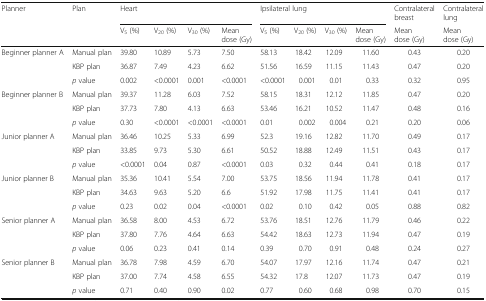
<table><thead><tr><td rowspan="2"><b>Planner</b></td><td rowspan="2"><b>Plan</b></td><td colspan="4"><b>Heart</b></td><td colspan="4"><b>Ipsilateral lung</b></td><td><b>Contralateral breast</b></td><td><b>Contralateral lung</b></td></tr><tr><td><b>V<sub>5</sub> (%)</b></td><td><b>V<sub>20</sub> (%)</b></td><td><b>V<sub>30</sub> (%)</b></td><td><b>Mean dose (Gy)</b></td><td><b>V<sub>5</sub> (%)</b></td><td><b>V<sub>20</sub> (%)</b></td><td><b>V<sub>30</sub> (%)</b></td><td><b>Mean dose (Gy)</b></td><td><b>Mean dose (Gy)</b></td><td><b>Mean dose (Gy)</b></td></tr></thead><tbody><tr><td rowspan="3">Beginner planner A</td><td>Manual plan</td><td>39.80</td><td>10.89</td><td>5.73</td><td>7.50</td><td>58.13</td><td>18.42</td><td>12.09</td><td>11.60</td><td>0.43</td><td>0.20</td></tr><tr><td>KBP plan</td><td>36.87</td><td>7.49</td><td>4.23</td><td>6.62</td><td>51.56</td><td>16.59</td><td>11.15</td><td>11.43</td><td>0.47</td><td>0.20</td></tr><tr><td><i>p</i> value</td><td>0.002</td><td>&lt;0.0001</td><td>0.001</td><td>&lt;0.0001</td><td>&lt;0.0001</td><td>0.001</td><td>0.01</td><td>0.33</td><td>0.32</td><td>0.95</td></tr><tr><td rowspan="3">Beginner planner B</td><td>Manual plan</td><td>39.37</td><td>11.28</td><td>6.03</td><td>7.52</td><td>58.15</td><td>18.31</td><td>12.12</td><td>11.85</td><td>0.47</td><td>0.20</td></tr><tr><td>KBP plan</td><td>37.73</td><td>7.80</td><td>4.13</td><td>6.63</td><td>53.46</td><td>16.21</td><td>10.52</td><td>11.47</td><td>0.48</td><td>0.16</td></tr><tr><td><i>p</i> value</td><td>0.30</td><td>&lt;0.0001</td><td>&lt;0.0001</td><td>&lt;0.0001</td><td>0.01</td><td>0.002</td><td>0.004</td><td>0.21</td><td>0.20</td><td>0.06</td></tr><tr><td rowspan="3">Junior planner A</td><td>Manual plan</td><td>36.46</td><td>10.25</td><td>5.33</td><td>6.99</td><td>52.3</td><td>19.16</td><td>12.82</td><td>11.70</td><td>0.49</td><td>0.17</td></tr><tr><td>KBP plan</td><td>33.85</td><td>9.73</td><td>5.30</td><td>6.61</td><td>50.52</td><td>18.88</td><td>12.49</td><td>11.51</td><td>0.43</td><td>0.17</td></tr><tr><td><i>p</i> value</td><td>&lt;0.0001</td><td>0.04</td><td>0.87</td><td>&lt;0.0001</td><td>0.03</td><td>0.32</td><td>0.44</td><td>0.41</td><td>0.18</td><td>0.17</td></tr><tr><td rowspan="3">Junior planner B</td><td>Manual plan</td><td>35.36</td><td>10.41</td><td>5.54</td><td>7.00</td><td>53.75</td><td>18.56</td><td>11.94</td><td>11.78</td><td>0.41</td><td>0.17</td></tr><tr><td>KBP plan</td><td>34.63</td><td>9.63</td><td>5.20</td><td>6.6</td><td>51.92</td><td>17.98</td><td>11.75</td><td>11.41</td><td>0.41</td><td>0.17</td></tr><tr><td><i>p</i> value</td><td>0.23</td><td>0.02</td><td>0.04</td><td>&lt;0.0001</td><td>0.02</td><td>0.10</td><td>0.42</td><td>0.05</td><td>0.88</td><td>0.82</td></tr><tr><td rowspan="3">Senior planner A</td><td>Manual plan</td><td>36.58</td><td>8.00</td><td>4.53</td><td>6.72</td><td>53.76</td><td>18.51</td><td>12.76</td><td>11.79</td><td>0.46</td><td>0.22</td></tr><tr><td>KBP plan</td><td>37.80</td><td>7.76</td><td>4.64</td><td>6.63</td><td>54.42</td><td>18.63</td><td>12.73</td><td>11.94</td><td>0.47</td><td>0.19</td></tr><tr><td><i>p</i> value</td><td>0.06</td><td>0.23</td><td>0.41</td><td>0.14</td><td>0.39</td><td>0.70</td><td>0.91</td><td>0.48</td><td>0.24</td><td>0.27</td></tr><tr><td rowspan="3">Senior planner B</td><td>Manual plan</td><td>36.78</td><td>7.98</td><td>4.59</td><td>6.70</td><td>54.07</td><td>17.97</td><td>12.16</td><td>11.74</td><td>0.47</td><td>0.21</td></tr><tr><td>KBP plan</td><td>37.00</td><td>7.74</td><td>4.58</td><td>6.55</td><td>54.32</td><td>17.8</td><td>12.07</td><td>11.73</td><td>0.47</td><td>0.19</td></tr><tr><td><i>p</i> value</td><td>0.71</td><td>0.40</td><td>0.90</td><td>0.02</td><td>0.77</td><td>0.60</td><td>0.68</td><td>0.98</td><td>0.70</td><td>0.15</td></tr></tbody></table>